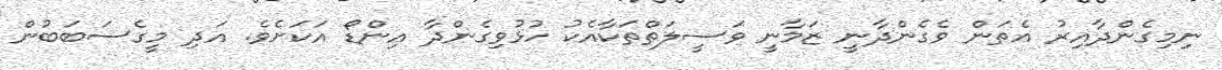
ނިމިގެންދާއިރު އެތަން ވެގެންދާނީ ޒަމާނީ ވަސީލަތްތަކާއެކު ހުޅުވިގެންދާ އިންޑޯ އަކަަށެވެ. އަދި މީގެސަބަބުން